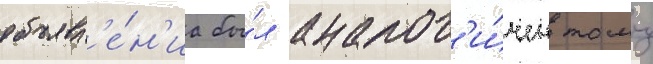
объявл'е́н'иа бы́л аналог'и́чен тому